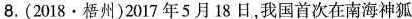
8.(2018·梧州)2017年5月18日，我国首次在南海神狐